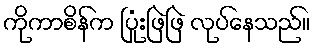
ကိုကာစိန်က ပြုံးဖြဲဖြဲ လုပ်နေသည်။